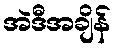
အဲဒီအချိန်